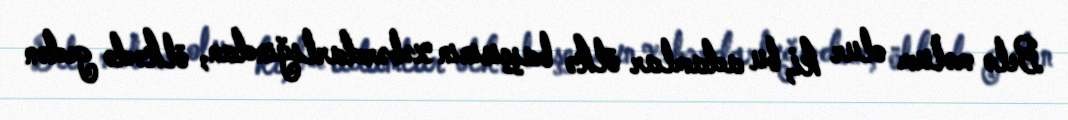
Belə məlum olur ki, bu adamlar ölkə başçısının xəbərdarlığından, ölkədə gedən